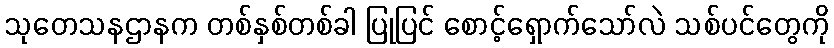
သုတေသနဌာနက တစ်နှစ်တစ်ခါ ပြုပြင် စောင့်ရှောက်သော်လဲ သစ်ပင်တွေကို